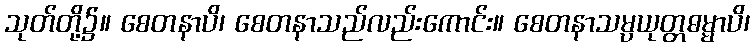
သုတ်တို့၌။ စေတနာပိ၊ စေတနာသည်လည်းကောင်း။ စေတနာသမ္ပယုတ္တဓမ္မာပိ၊